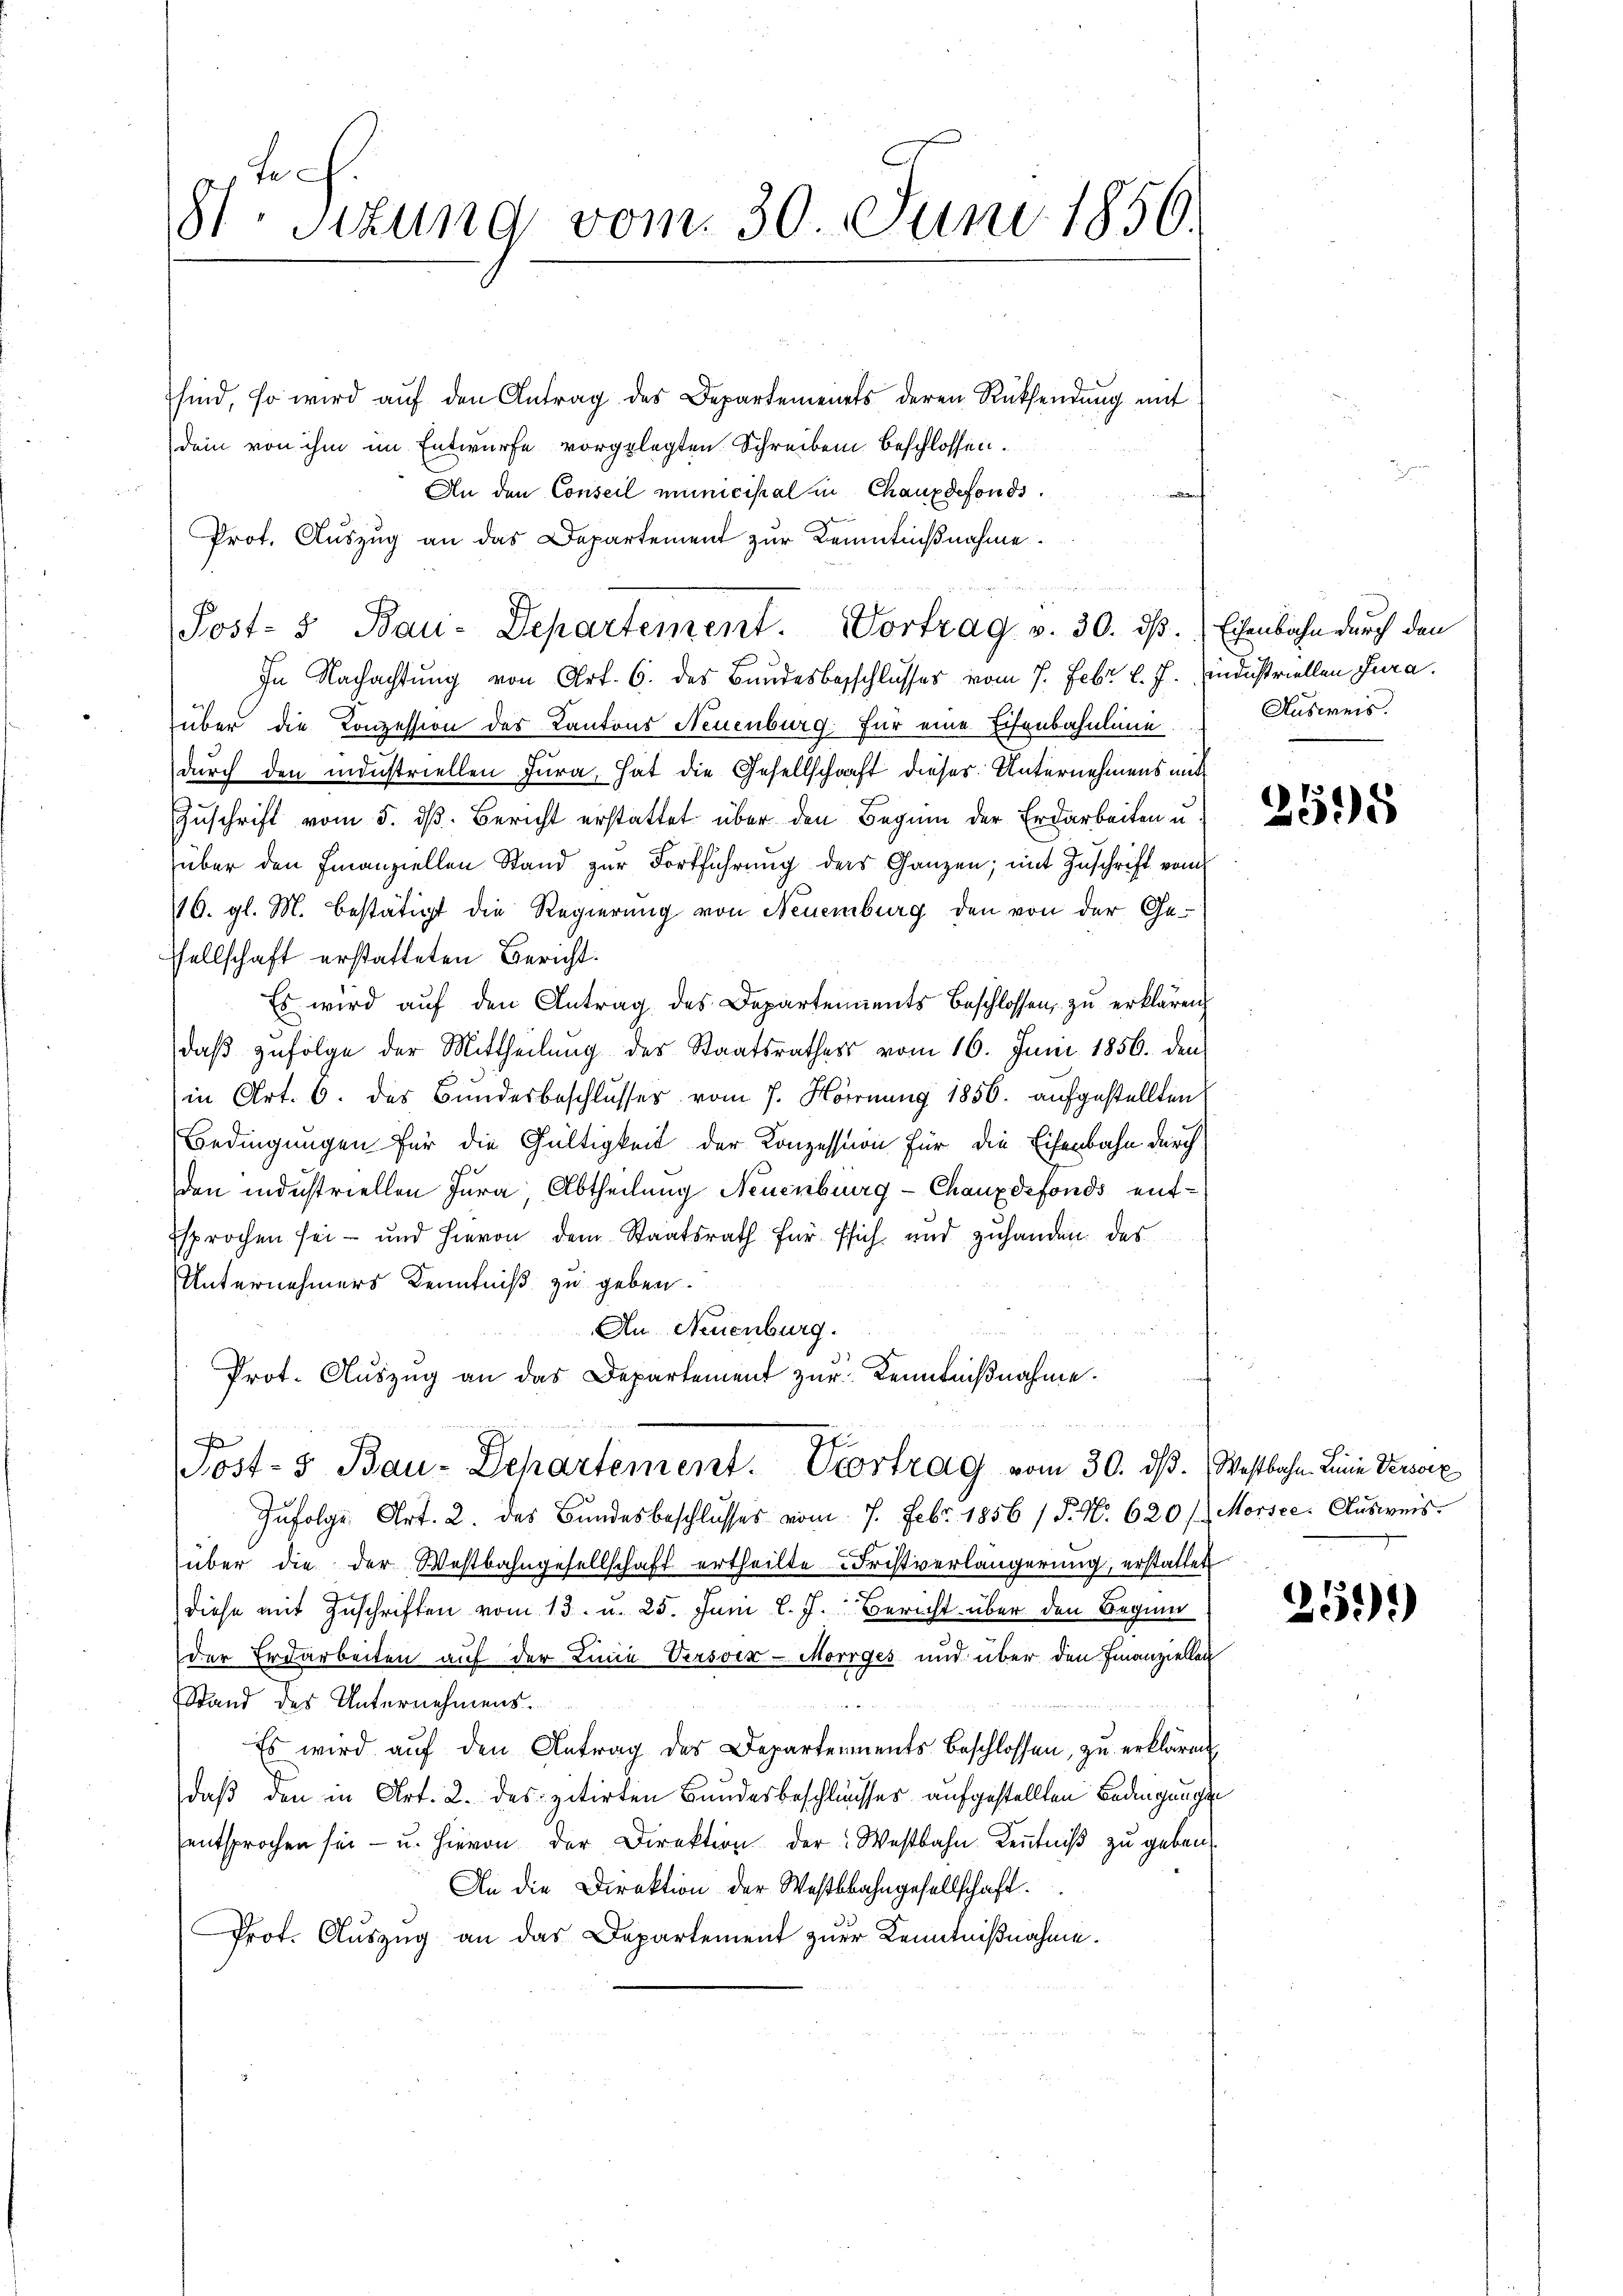
St. Sitzung vom 30. Juni 1856.
sind, so wird aŭf den Antrag des Departements deren Rücksendung mit
dem von ihm im Entwurfe vorgelegten Schreiben beschlossen.

An den Conseil municipal in Chauxdefonds.
4
Prof. Auszug an das Departement zur Kenntnißnahme.
In Nachachtung von Art. 6. des Bundesbeschlusses vom 7. Febr. l. J. ministriellen Jura.
über die Konzession des Kantons Neuenburg für eine Eisenbahnlinie
durch den industriellen Jura, hat die Gesellschaft dieses Unternehmens mit
Zuschrift vom 5. d. Bericht erstattet über den Beginn der Erdarbeiten u.
über den Finanziellen Stand zur Fortführung ders Ganzen; mit Zuschrift vom
116. gl. M. bestätigt die Regierung von Neuenburg den von der Ge-
sellschaft erstatteten Bericht.
Es wird aŭf den Antrag des Departements beschlossen zŭ erklären
daβ zŭfolge der Mittheilung des Staatsrathes vom 16. Juni 1856. den
in Art. 6. des Bundesbeschlusses vom 7. Hornung 1856. aufgestellten
Bedingungen für die Gültigkeit der Konzession für die Eisenbahn durch
den industriellen Jura, Abtheilung Neuenburg-Chauxdefonds ent-
sprochen sei - und hievon dem Staatsrath für sich und zuhanden des
Unternehmers Kenntniß zu geben.
An Neuenburg.
Prot. Aŭszŭg an das Departement zŭr Kenntnißnahme.
Post- & Bau- Departement. Vortrag vom 30. dβ. Westbahn. Linie Versorg
Infolge Art. 2. des Bundesbeschlusses vom 7. Febr. 1856 / P. N. 620 /. Morsee. Ausweis
über die der Westbahngesellschaft ertheilte Fristverlängerung, erstattet
diese mit Zuschriften vom 13. u. 25. Juni l. J. Bericht über den Beginn
der Erdarbeiten auf der Linie Versoer-Morrges und über den Finanziellen
Stand des Unternehmens.
Es wird aŭf den Antrag des Departements beschlossen, zu erklären
daß den in Art. 2. des zitirten Bundesbeschlusses aufgestellten Bedingungsentsprochen sei - u. hievon der Direktion der Westbahn Kenntniß zu geben
An die Direktion der Westbahngesellschaft
Prot. Aŭszŭg an das Departement zur Kenntnißnahme.

u
Post- & Bau-Departement. Vortrag v. 30. ds. Eisenbahn durch den

Ausweis.

e

2595

269)